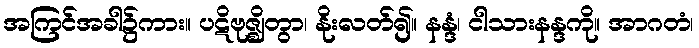
အကြင်အခါ၌ကား။ ပဋိဗုဇ္ဈိတွာ၊ နိုးလတ်၍။ နန္ဒံ၊ ငါသားနန္ဒကို။ အာဂတံ၊